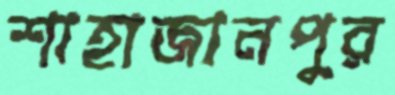
শাহাজানপুর